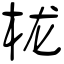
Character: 栊